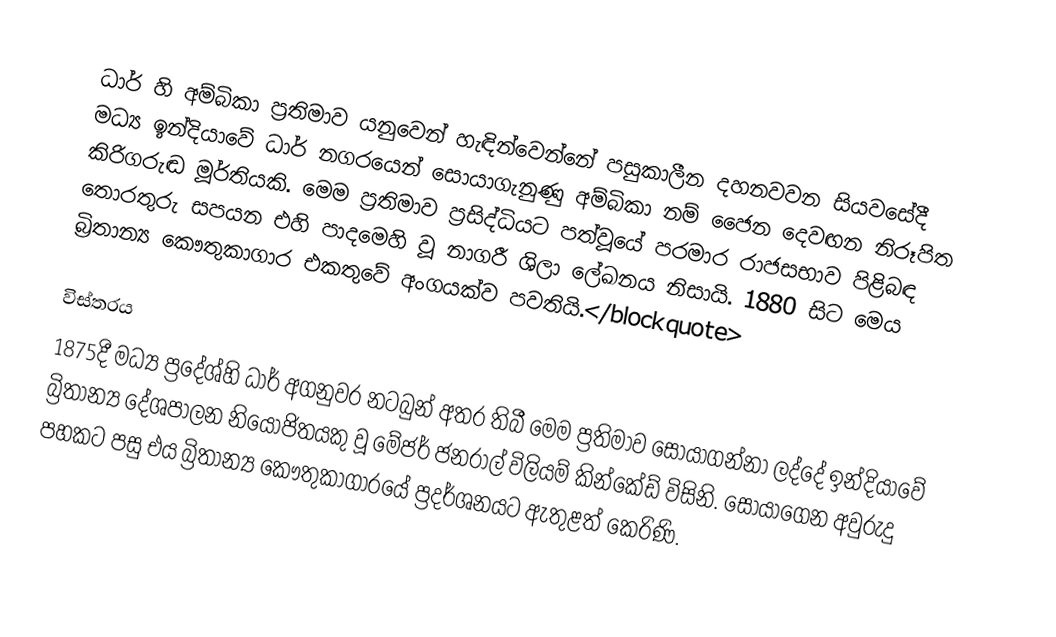
ධාර් හි අම්බිකා ප්‍රතිමාව යනුවෙන් හැඳින්වෙන්නේ පසුකාලීන දහනවවන සියවසේදී මධ්‍ය ඉන්දියාවේ ධාර් නගරයෙන් සොයාගැනුණු අම්බිකා නම් ජෛන දෙවඟන නිරූපිත කිරිගරුඬ මූර්තියකි. මෙම ප්‍රතිමාව ප්‍රසිද්ධියට පත්වූයේ පරමාර රාජසභාව පිළිබඳ තොරතුරු සපයන එහි පාදමෙහි වූ නාගරී ශිලා ලේඛනය නිසායි. 1880 සිට මෙය බ්‍රිතාන්‍ය කෞතුකාගාර එකතුවේ අංගයක්ව පවතියි.</blockquote>

විස්තරය
1875දී මධ්‍ය ප්‍රදේශ්හි ධාර් අගනුවර නටබුන් අතර තිබී මෙම ප්‍රතිමාව සොයාගන්නා ලද්දේ ඉන්දියාවේ බ්‍රිතාන්‍ය දේශපාලන නියෝජිතයකු වූ මේජර් ජනරාල් විලියම් කින්කේඩ් විසිනි. සොයාගෙන අවුරුදු පහකට පසු එය බ්‍රිතාන්‍ය කෞතුකාගාරයේ ප්‍රදර්ශනයට ඇතුළත් කෙරිණි.